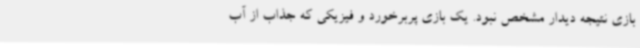
بازی نتیجه دیدار مشخص نبود. یک بازی پربرخورد و فیزیکی که جذاب از آب